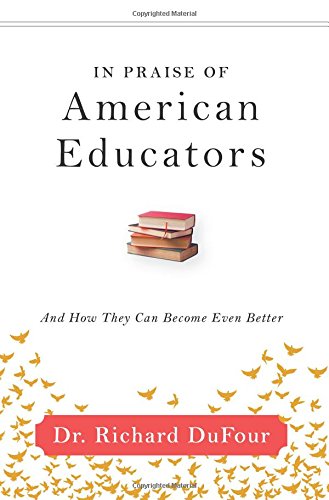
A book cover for In Praise of American Educators: And How They Can Become Even Better; Richard DuFour; Education & Teaching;